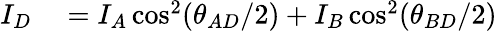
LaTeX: \begin{array}{rl}{I_{D}}&{{}=I_{A}\cos^{2}(\theta_{AD}/2)+I_{B}\cos^{2}(\theta_{BD}/2)}\end{array}